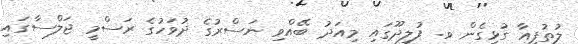
ލުތުފީއާ ގުޅިގެން ވ. ފުލިދޫގައި މިއަދު ބޭއްވި ނަސްރުގެ ދުވަހުގެ ރަސްމީ ޖަލްސާގައި